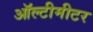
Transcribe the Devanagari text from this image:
ऑल्टीमीटर